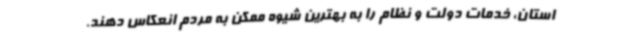
استان، خدمات دولت و نظام را به بهترین شیوه ممکن به مردم انعکاس دهند.